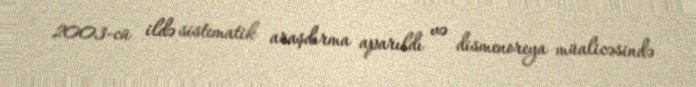
2003-cü ildə sistematik araşdırma aparıldı və dismenoreya müalicəsində